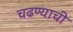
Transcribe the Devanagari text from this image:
चढण्याची